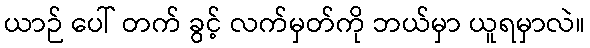
ယာဉ် ပေါ် တက် ခွင့် လက်မှတ်ကို ဘယ်မှာ ယူရမှာလဲ။